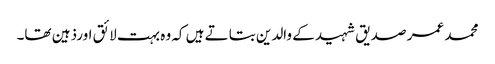
محمد عمر صدیق شہید کے والدین بتاتے ہیں کہ وہ بہت لائق اورذہین تھا۔